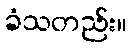
ခံသတည်း။